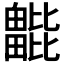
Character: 𣬖